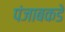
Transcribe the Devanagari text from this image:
पंजाबकडे